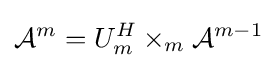
{\mathcal {A}}^{m}=U_{m}^{H}\times _{m}{\mathcal {A}}^{m-1}